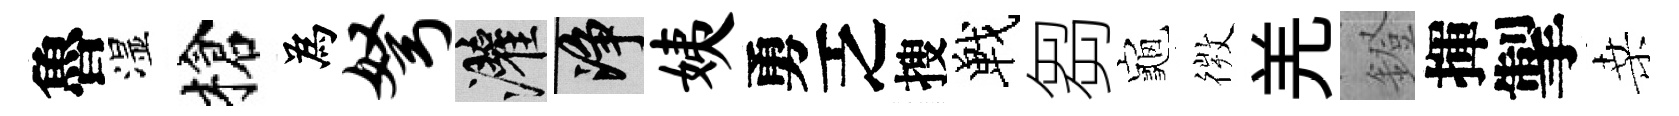
魯湿槍為弩灌净姨勇乏搜戰芻龜𢕄羌鐙揮掣桑